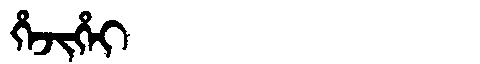
Manchu: ᡥᡝᠵᡳᡥᡝᡳ
Romanization: HEJIHEI